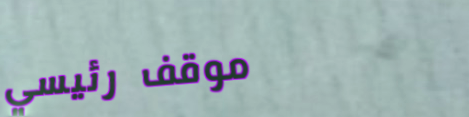
موقف رئيسي